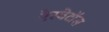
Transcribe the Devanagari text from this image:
ऐस्बेटॉस